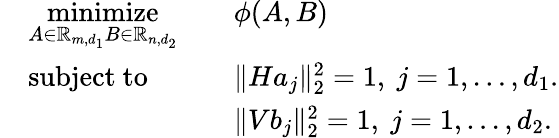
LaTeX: \begin{array}{rlrl}&{\underset{A\in\mathbb{R}_{m,d_{1}}B\in\mathbb{R}_{n,d_{2}}}{\mathrm{minimize}}}&&{\phi({A},B)}\\ &{\mathrm{subject~to}}&&{\| Ha_{j}\| _{2}^{2}=1,\ j=1,\ldots,d_{1}.}\\ &{}&&{\| Vb_{j}\| _{2}^{2}=1,\ j=1,\ldots,d_{2}.}\end{array}